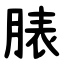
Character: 脿